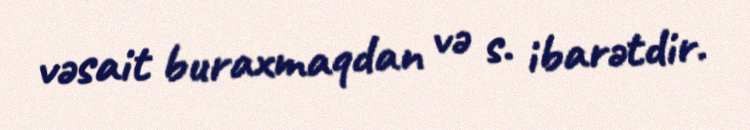
vəsait buraxmaqdan və s. ibarətdir.